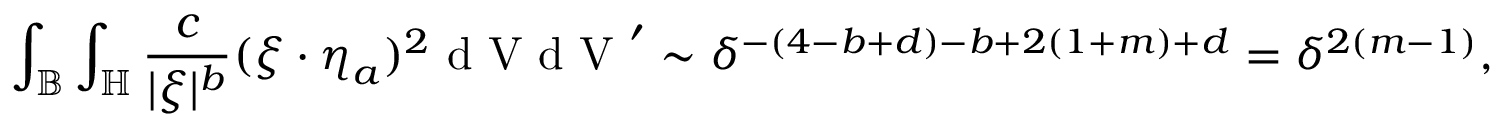
\int _ { \mathbb { B } } \int _ { \mathbb { H } } \frac { c } { | \boldsymbol { \xi } | ^ { b } } ( \boldsymbol { \xi } \cdot \boldsymbol { \eta } _ { a } ) ^ { 2 } \textup { d V d V } ^ { \prime } \sim \delta ^ { - ( 4 - b + d ) - b + 2 ( 1 + m ) + d } = \delta ^ { 2 ( m - 1 ) } ,